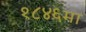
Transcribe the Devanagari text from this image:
१८४६मा